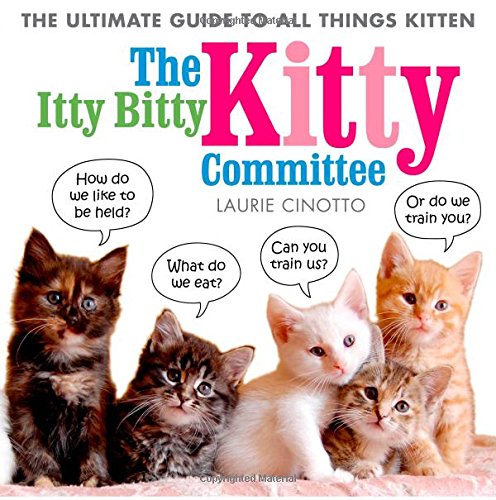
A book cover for The Itty Bitty Kitty Committee: The Ultimate Guide to All Things Kitten; Laurie Cinotto; Children's Books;